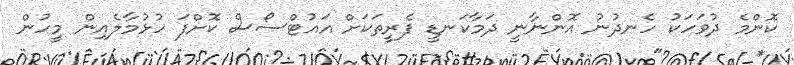
ކޮންމެ ދުވަހަކު ހެނދުނު އޮންނާނީ ދަމާކަނޑީ ފެރީތަކަށް އައުޓްސޯސް ކޮށްފަ ހުޅުމާލެއިން މީހުން